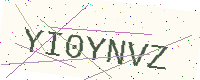
Text: YI0YNVZ